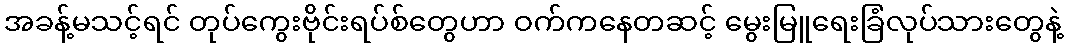
အခန့်မသင့်ရင် တုပ်ကွေးဗိုင်းရပ်စ်တွေဟာ ဝက်ကနေတဆင့် မွေးမြူရေးခြံလုပ်သားတွေနဲ့